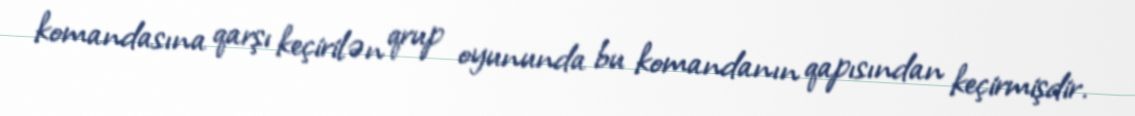
komandasına qarşı keçirilən qrup oyununda bu komandanın qapısından keçirmişdir.